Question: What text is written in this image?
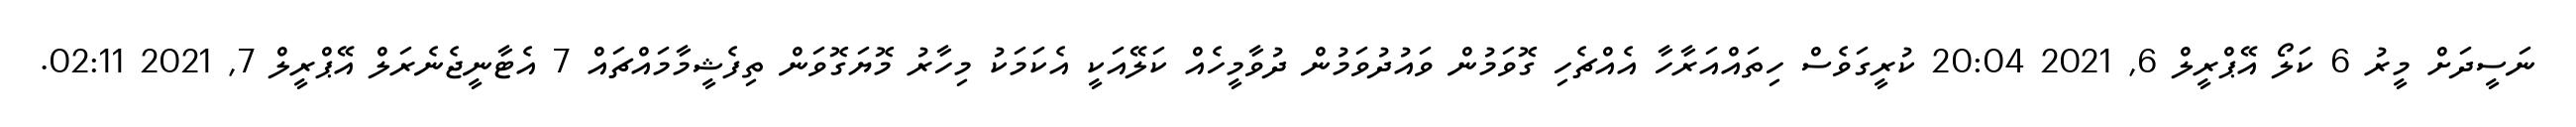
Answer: ނަސީދަށް މީރު 6 ކަލޯ އޭޕްރީލް 6, 2021 20:04 ކުރީގަވެސް ހިތައްއަރާހާ އެއްޗެހި ގޮވަމުން ވައުދުވަމުން ދުވާމީހެއް ކަލޭއަކީ އެކަމަކު މިހާރު މޮޔަގޮވަން ތިފެޝީމާމައްޗައް 7 އެޓާނީޖެނެރަލް އޭޕްރީލް 7, 2021 02:11.